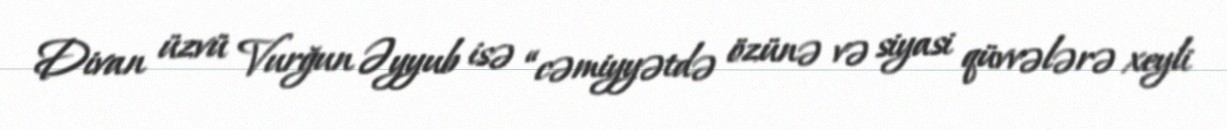
Divan üzvü Vurğun Əyyub isə “cəmiyyətdə özünə və siyasi qüvvələrə xeyli